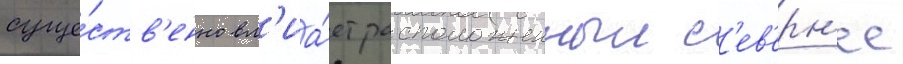
суще́ств'енно вл'иа́ет расположенныи с'ев'ерн'ее